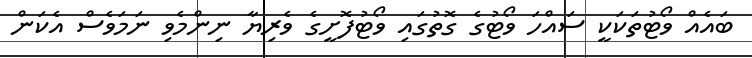
ބައެއް ވޯޓުތަކަކީ ސައްހަ ވޯޓުގެ ގޮތުގައި ވޯޓުފޮށީގެ ވެރިޔާ ނިންމެވި ނަމަވެސް އެކަން